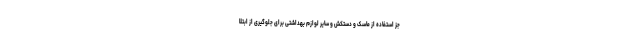
جز استفاده از ماسک و دستکش و سایر لوازم بهداشتی برای جلوگیری از ابتلا